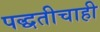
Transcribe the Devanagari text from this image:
पद्धतीचाही